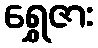
ရွှေဇား